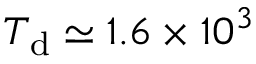
T _ { \mathrm { d } } \simeq 1 . 6 \times 1 0 ^ { 3 }